Report of the Indian Hemp Drugs Commission, 1894-1895 - Volume III
Year: 1894
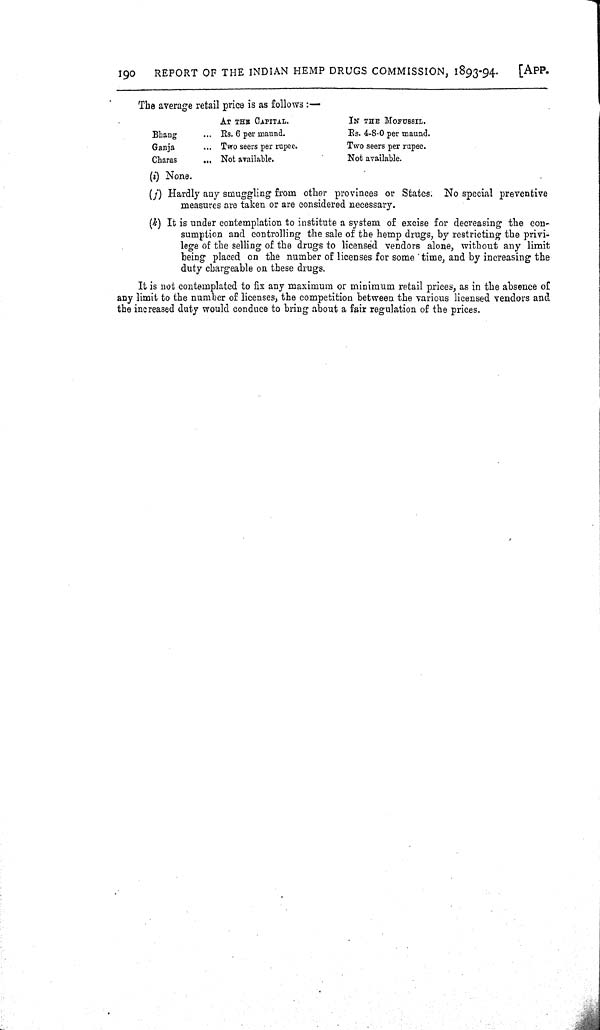
190
REPORT OF THE INDIAN HEMP DRUGS COMMISSION, 1893-94.
[APP.
The average retail price is as follows:—
AT THE CAPITAL.
IN THE MOFUSSIL.
Bhang
Rs. 6 per maund.
Rs. 4-8-0 per maund.
Ganja
Two seers per rupee.
Two seers per rupee.
Charas
Not available.
Not available.
(i) None.
(j) Hardly any smuggling from other provinces or States; No special preventive
measures are taken or are considered necessary.
(k) It is under contemplation to institute a system of excise for decreasing the con-
sumption and controlling the sale of the hemp drugs, by restricting the privi-
lege of the selling of the drugs to licensed vendors alone, without any limit
being placed on the number of licenses for some time, and by increasing the
duty chargeable on these drugs.
It is not contemplated to fix any maximum or minimum retail prices, as in the absence of
any limit to the number of licenses, the competition between the various licensed vendors and
the increased duty would conduce to bring about a fair regulation of the prices.